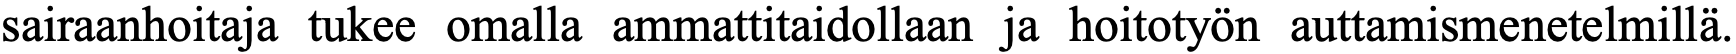
sairaanhoitaja tukee omalla ammattitaidollaan ja hoitotyön auttamismenetelmillä.